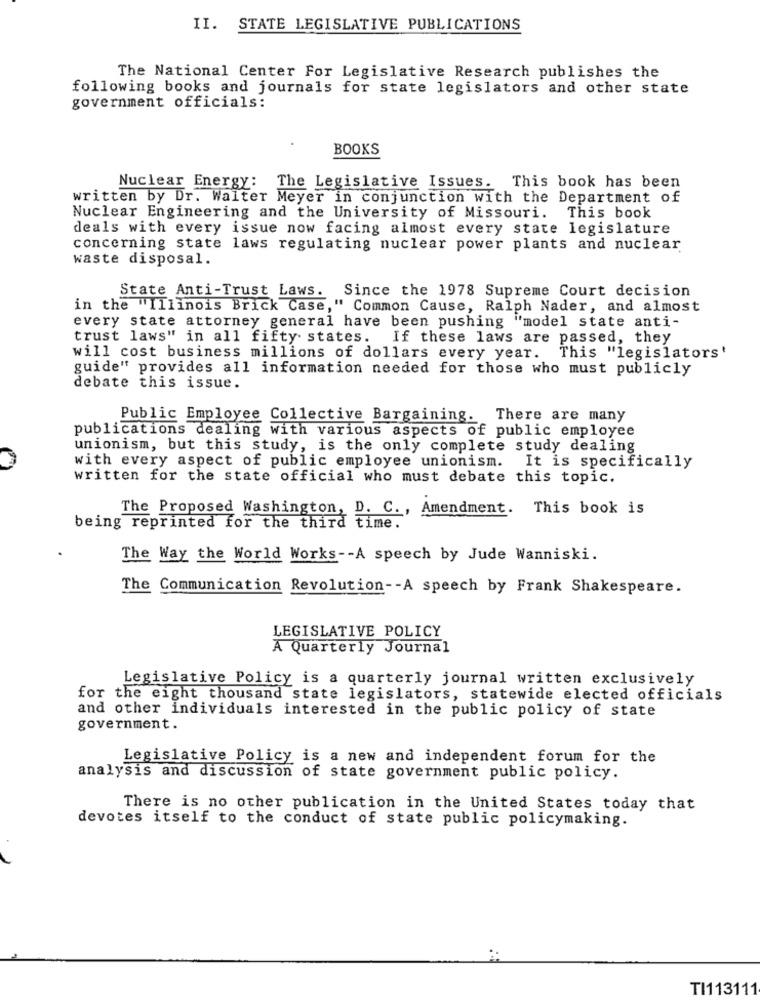
II. STATE LEGISLATIVE PUBLICATIONS
The National Center For Legislative Research publishes the
following books and journals for state legislators and other state
government officials:
BOOKS
Nuclear Energy: The Legislative Issues. This book has been
written by Dr. Walter Meyer in conjunction with the Department of
Nuclear Engineering and the University of Missouri. This book
deals with every issue now facing almost every state legislature
concerning state laws regulating nuclear power plants and nuclear
waste disposal.
State Anti-Trust Laws. Since the 1978 Supreme Court decision
in the "Illinois Brick Case," Common Cause, Ralph Nader, and almost
every state attorney general have been pushing "model state anti-
trust laws" in all fifty states.
If these laws are passed, they
will cost business millions of dollars every year.
This "legislators'
guide" provides all information needed for those who must publicly
debate this issue.
Public Employee Collective Bargaining. There are many
publications dealing with various aspects of public employee
unionism, but this study, is the only complete study dealing
with every aspect of public employee unionism. It is specifically
written for the state official who must debate this topic.
The Proposed Washington, D. C ., Amendment. This book is
being reprinted for the third time.
The Way the World Works -- A speech by Jude Wanniski.
The Communication Revolution -- A speech by Frank Shakespeare.
LEGISLATIVE POLICY
A Quarterly Journal
Legislative Policy is a quarterly journal written exclusively
for the eight thousand state legislators, statewide elected officials
and other individuals interested in the public policy of state
government.
Legislative Policy is a new and independent forum for the
analysis and discussion of state government public policy.
There is no other publication in the United States today that
devotes itself to the conduct of state public policymaking.
TI113111